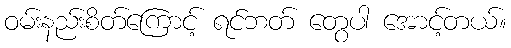
ဝမ်းနည်းစိတ်ကြောင့် ရင်ဘတ် တွေပါ အောင့်တယ်။